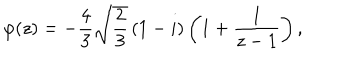
\varphi ( z ) = - \frac { 4 } { 3 } \sqrt { \frac { 2 } { 3 } } \left( 1 - i \right) \left( 1 + \frac { 1 } { z - 1 } \right) ,